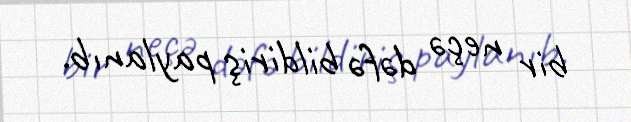
bir neçə dəfə bildiriş paylanıb.